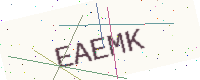
Text: EAEMK